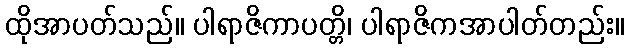
ထိုအာပတ်သည်။ ပါရာဇိကာပတ္တိ၊ ပါရာဇိကအာပါတ်တည်း။